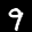
Label: 9